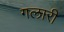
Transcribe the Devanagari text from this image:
गलारी